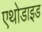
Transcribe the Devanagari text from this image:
एथोडाइड